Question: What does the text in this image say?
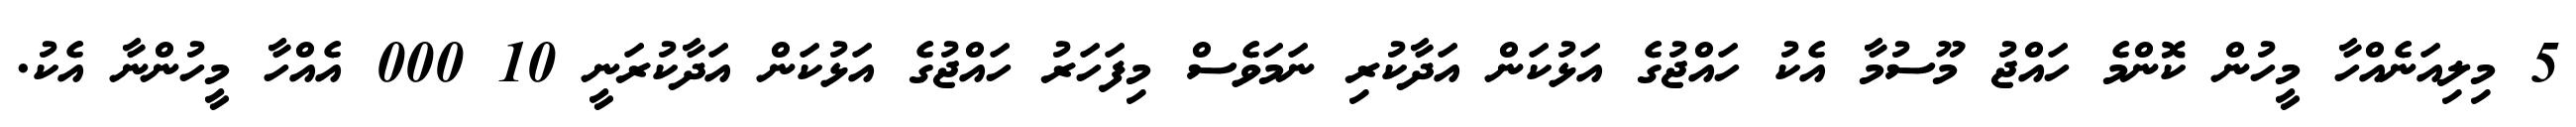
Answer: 5 މިލިއަނެއްހާ މީހުން ކޮންމެ ހައްޖު މޫސުމާ އެކު ހައްޖުގެ އަޅުކަން އަދާކުރި ނަމަވެސް މިފަހަރު ހައްޖުގެ އަޅުކަން އަދާކުރަނީ 10 000 އެއްހާ މީހުންނާ އެކު.